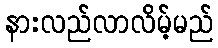
နားလည်လာလိမ့်မည်